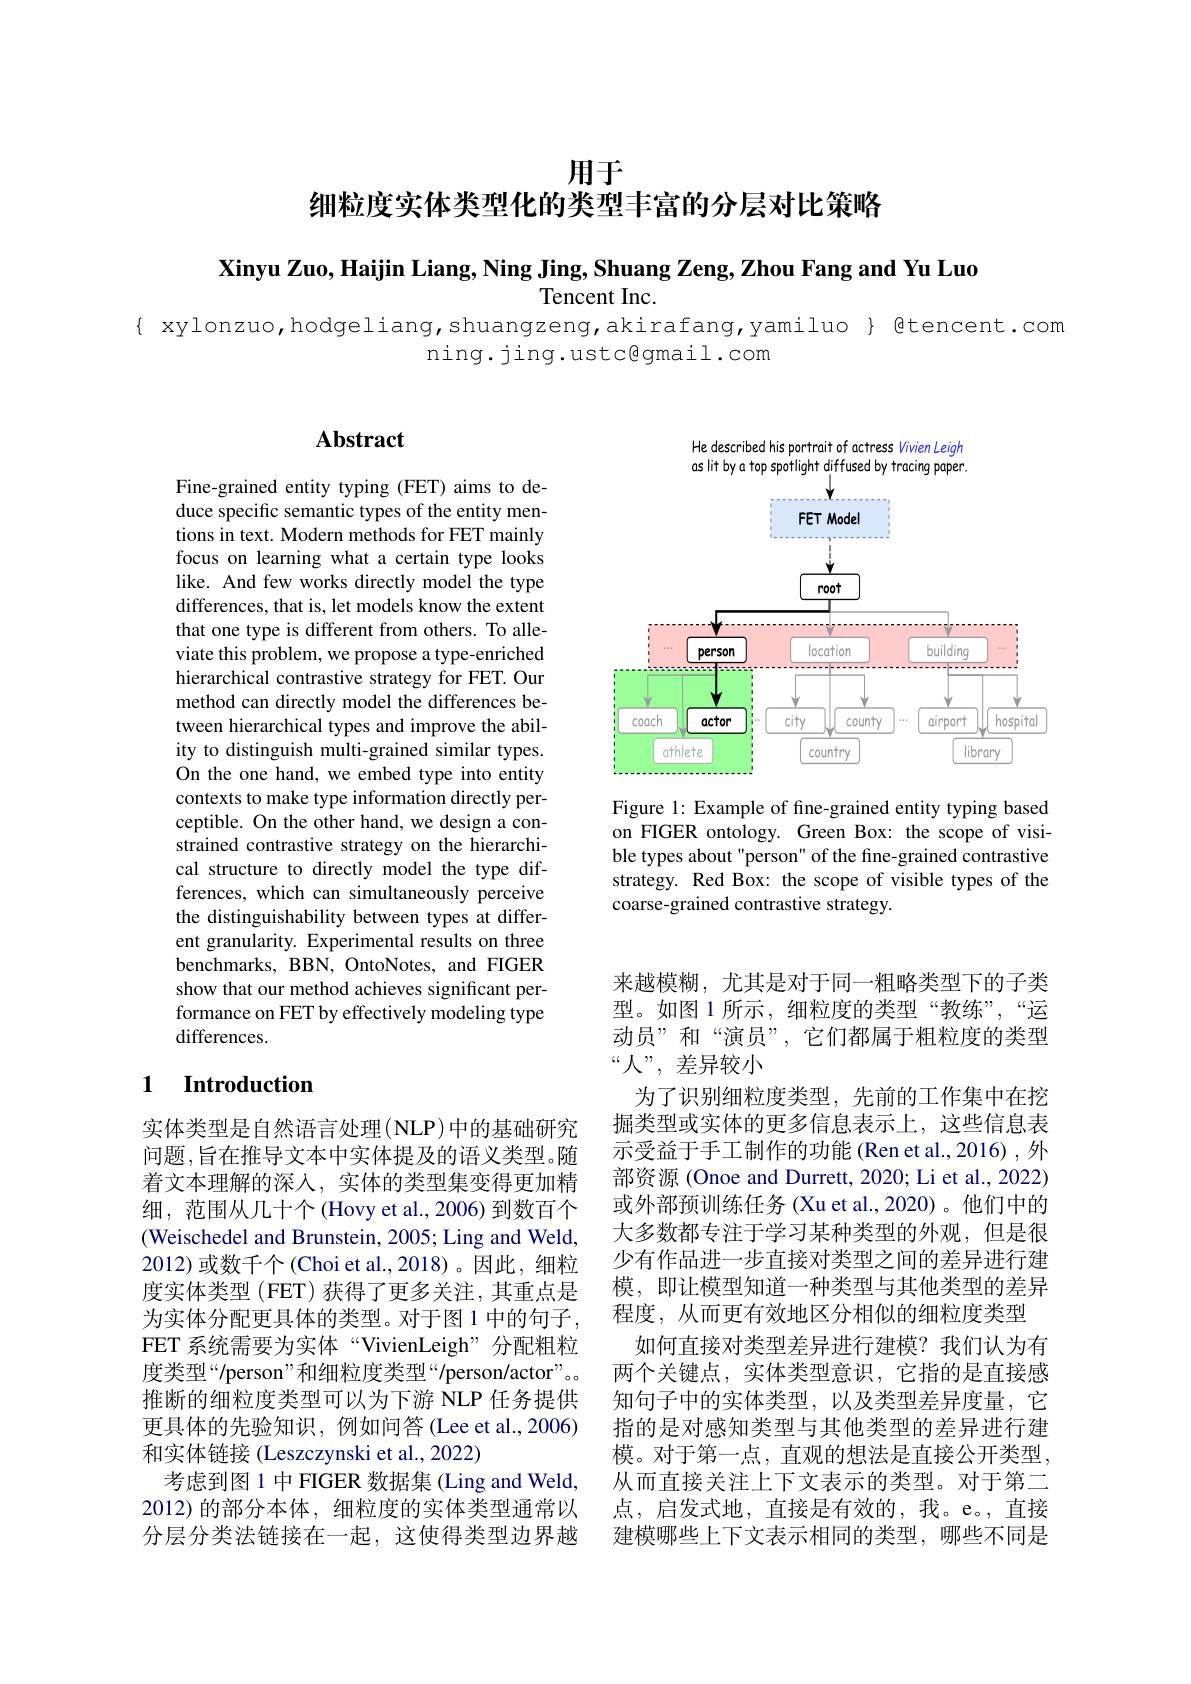
用于

细粒度实体类型化的类型丰富的分层对比策略

Xinyu Zuo, Haijin Liang, Ning Jing, Shuang Zeng, Zhou Fang and Yu Luo

Tencent Inc.

{ xylonzuo,hodgeliang,shuangzeng,akirafang,yamiluo} { @tencent.com
ning.jing.ustc@gmail.com

<FigureHere>

Figure 1: Example of fine-grained entity typing based on FIGER ontology. Green Box: the scope of visible types about "person" of the fine-grained contrastive strategy. Red Box: the scope of visible types of the coarse-grained contrastive strategy.

## Abstract

Fine-grained entity typing (FET) aims to deduce specific semantic types of the entity mentions in text. Modern methods for FET mainly focus on learning what a certain type looks like. And few works directly model the type differences, that is, let models know the extent that one type is different from others. To alleviate this problem, we propose a type-enriched hierarchical contrastive strategy for FET. Our method can directly model the differences between hierarchical types and improve the ability to distinguish multi-grained similar types. On the one hand, we embed type into entity contexts to make type information directly perceptible. On the other hand, we design a constrained contrastive strategy on the hierarchical structure to directly model the type differences, which can simultaneously perceive the distinguishability between types at different granularity. Experimental results on three benchmarks, BBN, OntoNotes, and FIGER show that our method achieves significant performance on FET by effectively modeling type differences.

## 1 $\textbf{Introduction}$

实体类型是自然语言处理(NLP)中的基础研究问题 ,旨在推导文本中实体提及的语义类型。随着文本理解的深入，实体的类型集变得更加精细，范围从几十个 (Hovy et al.,2006) 到数百个(Weischedel and Brunstein, 2005; Ling and Weld, 2012)或数千个(Choi et al.,2018)。因此，细粒度实体类型 (FET) 获得了更多关注，其重点是为实体分配更具体的类型。对于图 1 中的句子， FET 系统需要为实体“VivienLeigh”分配粗粒度类型“/person”和细粒度类型“/person/actor”。。推断的细粒度类型可以为下游 NLP 任务提供更具体的先验知识，例如问答(Lee et al.,2006) 和实体链接 (Leszczynski et al., 2022)
考虑到图 1 中 FIGER 数据集 (Ling and Weld, 2012)的部分本体，细粒度的实体类型通常以分层分类法链接在一起，这使得类型边界越

来越模糊，尤其是对于同一粗略类型下的子类型。如图 1 所示，细粒度的类型“教练”,“运动员”和“演员”,它们都属于粗粒度的类型“人”, 差异较小
为了识别细粒度类型，先前的工作集中在挖掘类型或实体的更多信息表示上，这些信息表示受益于手工制作的功能(Ren et al.,2016) ,外部资源 (Onoe and Durrett, 2020; Li et al., 2022) 或外部预训练任务 (Xu et al.,2020)。他们中的大多数都专注于学习某种类型的外观，但是很少有作品进一步直接对类型之间的差异进行建模，即让模型知道一种类型与其他类型的差异程度，从而更有效地区分相似的细粒度类型
如何直接对类型差异进行建模？我们认为有两个关键点，实体类型意识，它指的是直接感知句子中的实体类型，以及类型差异度量，它指的是对感知类型与其他类型的差异进行建模。对于第一点，直观的想法是直接公开类型， 从而直接关注上下文表示的类型。对于第二点，启发式地，直接是有效的，我。e。,直接建模哪些上下文表示相同的类型，哪些不同是